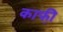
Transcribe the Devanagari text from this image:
काफी़